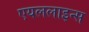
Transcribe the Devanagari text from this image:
एयललाइन्स